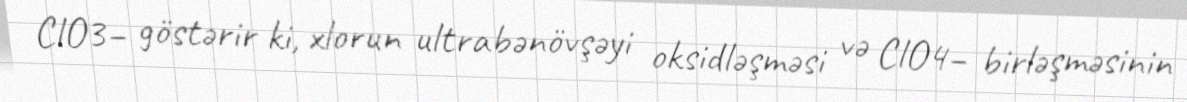
ClO3− göstərir ki, xlorun ultrabənövşəyi oksidləşməsi və ClO4− birləşməsinin